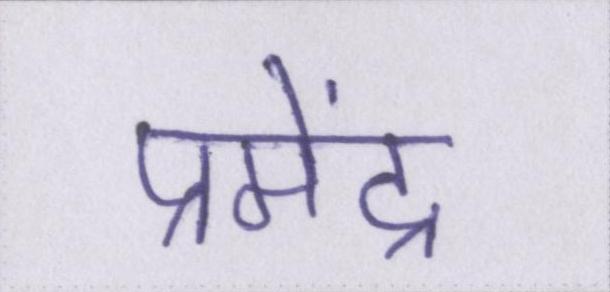
प्रमेंद्र